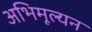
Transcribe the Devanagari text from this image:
अभिमूल्यन